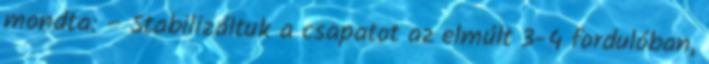
mondta: – Stabilizáltuk a csapatot az elmúlt 3-4 fordulóban,